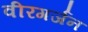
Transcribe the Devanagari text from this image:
वीरगर्जन